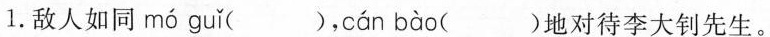
1. 敌人如同 mó guǐ ( )， cán bào ( ) 地对待李大钊先生。